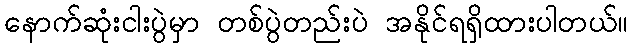
နောက်ဆုံးငါးပွဲမှာ တစ်ပွဲတည်းပဲ အနိုင်ရရှိထားပါတယ်။